Annual report of the Punjab Veterinary College and of the Civil Veterinary Department, Punjab - 1894-1908
Year: 1894
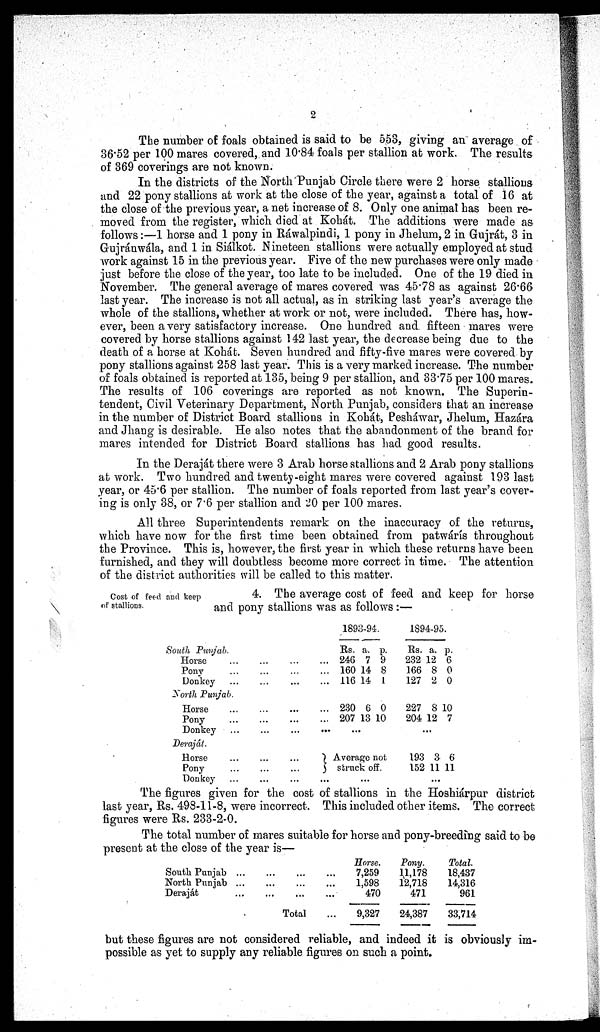
2
The number of foals obtained is said to be 553, giving an average of
36.52 per 100 mares covered, and 10.84 foals per stallion at work. The results
of 369 coverings are not known.
In the districts of the North Punjab Circle there were 2 horse stallions
and 22 pony stallions at work at the close of the year, against a total of 16 at
the close of the previous year, a net increase of 8. Only one animal has been re-
moved from the register, which died at Kohát. The additions were made as
follows:—1 horse and 1 pony in Ráwalpindi, 1 pony in Jhelum, 2 in Gujrát, 3 in
Gujránwála, and 1 in Siálkot. Nineteen stallions were actually employed at stud
work against 15 in the previous year. Five of the new purchases were only made
just before the close of the year, too late to be included. One of the 19 died in
November. The general average of mares covered was 45.78 as against 26.66
last year. The increase is not all actual, as in striking last year's average the
whole of the stallions, whether at work or not, were included. There has, how-
ever, been a very satisfactory increase. One hundred and fifteen mares were
covered by horse stallions against 142 last year, the decrease being due to the
death of a horse at Kohát. Seven hundred and fifty-five mares were covered by
pony stallions against 258 last year. This is a very marked increase. The number
of foals obtained is reported at 135, being 9 per stallion, and 33.75 per 100 mares.
The results of 106 coverings are reported as not known. The Superin-
tendent, Civil Veterinary Department, North Punjab, considers that an increase
in the number of District Board stallions in Kohát, Pesháwar, Jhelum, Hazára
and Jhang is desirable. He also notes that the abandonment of the brand for
mares intended for District Board stallions has had good results.
In the Deraját there were 3 Arab horse stallions and 2 Arab pony stallions
at work. Two hundred and twenty-eight mares were covered against 193 last
year, or 45.6 per stallion. The number of foals reported from last year's cover-
ing is only 38, or 7.6 per stallion and 20 per 100 mares.
All three Superintendents remark on the inaccuracy of the returns,
which have now for the first time been obtained from patwárís throughout
the Province. This is, however, the first year in which these returns have been
furnished, and they will doubtless become more correct in time. The attention
of the district authorities will be called to this matter.
Cost of feed and keep
of stallions.
4. The average cost of feed and keep for horse
and pony stallions was as follows:—
South Punjab. ... ... ... ...
Horse ... ... ... ...
Pony ... ... ... ...
Donkey ... ... ... ...
North Punjab. ... ... ... ...
Horse ... ... ... ...
Pony ... ... ... ...
Donkey ... ... ... ...
Deraját. ... ... ... ...
Horse ... ... ... ...
Pony ... ... ... ..
Donkey ... ... ... ...
1893-94.
Rs.
246
160
116
230
207
a.
7
14
14
6
13
p.
9
8
1
0
10
...
Average not
struck off.
...
1894-95.
Rs.
232
166
127
227
204
a.
12
8
2
8
12
p.
6
0
0
10
7
.
..
193
152
3
11
6
11
...
The figures given for the cost of stallions in the Hoshiárpur district
last year, Rs. 498-11-8, were incorrect. This included other items. The correct
figures were Rs. 233-2-0.
The total number of mares suitable for horse and pony-breeding said to be
present at the close of the year is—
South Punjab ... ... ... ...
North Punjab ... ... ... ...
Deraját
...
...
...
...
Total
...
Horse.
7,259
1,598
470
9,327
Pony.
11,178
12,718
471
24,387
Total
18,437
14,316
961
33,714
but these figures are not considered reliable, and indeed it is obviously im-
possible as yet to supply any reliable figures on such a point.